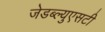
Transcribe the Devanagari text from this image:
जेडब्ल्युएसटी